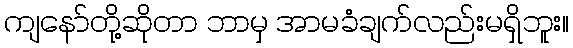
ကျနော်တို့ဆိုတာ ဘာမှ အာမခံချက်လည်းမရှိဘူး။